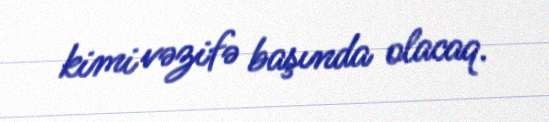
kimi vəzifə başında olacaq.